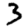
Digit: 3